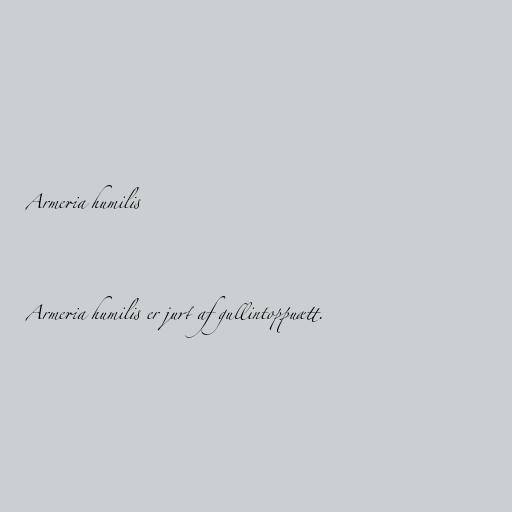
Armeria humilis

Armeria humilis er jurt af gullintoppuætt.